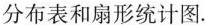
分布表和扇形统计图。